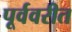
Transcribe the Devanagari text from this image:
पूर्ववरीत